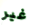
غير